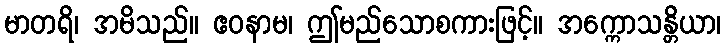
မာတရိ၊ အမိသည်။ ဧဝနာမ၊ ဤမည်သောစကားဖြင့်။ အက္ကောသန္တိယာ၊